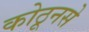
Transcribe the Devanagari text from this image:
कोठूनसे